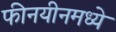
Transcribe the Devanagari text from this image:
फीनयीनमध्ये